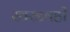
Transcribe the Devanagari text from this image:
खरडवही